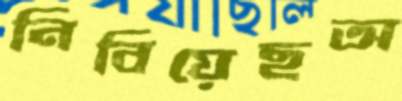
নিবিয়েছঅ